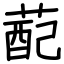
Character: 蓜